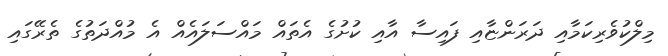
މިލްކުވެރިކަމާއި ދަރަންޏާއި ފައިސާ އާއި ކުށުގެ އެތައް މައްސަލައެއް އެ މުއްދަތުގެ ތެރޭގައި